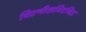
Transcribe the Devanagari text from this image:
चिटणीसविरचित